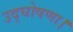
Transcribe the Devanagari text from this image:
उद्घोषणा।